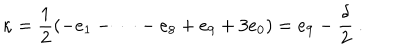
\kappa = \frac { 1 } { 2 } \left( - e _ { 1 } - \dots - e _ { 8 } + e _ { 9 } + 3 e _ { 0 } \right) = e _ { 9 } - \frac { \delta } { 2 } \ .